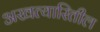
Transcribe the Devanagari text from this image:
अखत्यारितील